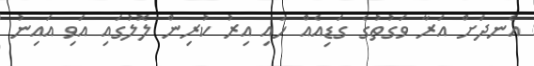
އެނދަށް އަރާ ވަގުތުގެ ގަޑިއެއް ހައި އިރު ކުރިން ލޮލުގައި އަވި އައިނު